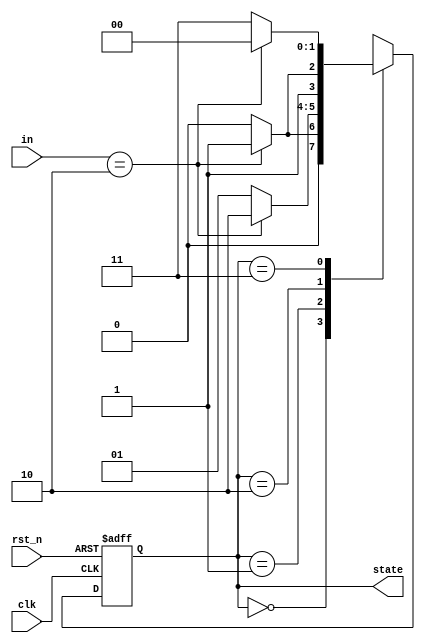
module fsm(clk, rst_n, in, state);

input clk, rst_n;
input [1:0] in;
output reg [1:0] state;

reg [1:0] nxt_state;

always@(posedge clk or negedge rst_n)
	if(~rst_n) state<=2'b00;   // (~rst_n || change) ???????????????????
	else state<= nxt_state;

always@*                 //if(change) nxt_state = 2'b00 else case().....
	case(state)
	2'b00:
		if(in == 2'b10) nxt_state=2'b01;
		else nxt_state=2'b00;
	2'b01:
		if(in == 2'b10) nxt_state=2'b10;
		else nxt_state=2'b01;
	2'b10:
		if(in == 2'b10) nxt_state=2'b11;
		else nxt_state=2'b10;
	2'b11:
		if(in == 2'b10) nxt_state=2'b00;
		else nxt_state=2'b11;
	default: nxt_state=2'b00;
	endcase

endmodule